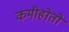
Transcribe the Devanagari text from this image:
कमीहोतो